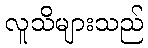
လူသိများသည်